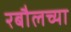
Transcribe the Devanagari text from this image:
रबौलच्या